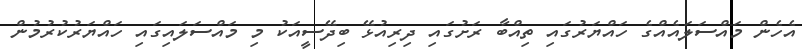
އެހެން މައްސަލައެއްގެ ހައްޔަރުގައި ތިއްބާ ރަށުގައި ދިރިއުޅޭ ބިދޭސީއަކު މި މައްސަލައިގައި ހައްޔަރުކުރުމުން